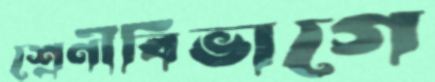
শ্রেণীবিভাগে